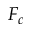
F _ { c }